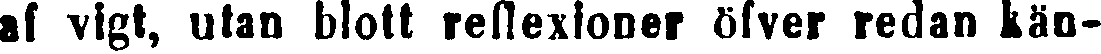
af vigt, utan blott reflexioner öfver redan kän-